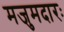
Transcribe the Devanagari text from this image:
मजुमदारः